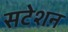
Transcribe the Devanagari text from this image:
सटेशन